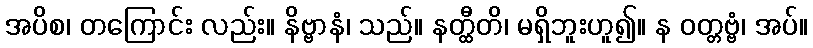
အပိစ၊ တကြောင်း လည်း။ နိဗ္ဗာနံ၊ သည်။ နတ္ထီတိ၊ မရှိဘူးဟူ၍။ န ဝတ္တဗ္ဗံ၊ အပ်။